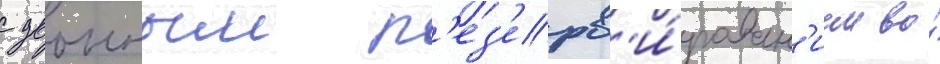
с двоиным р'ез'ерв'и́рован'ием во́